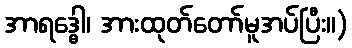
အာရဒ္ဓေါ၊ အားထုတ်တော်မူအပ်ပြီး။)